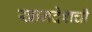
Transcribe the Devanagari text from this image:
खानदेशची